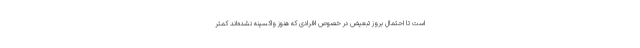
است تا احتمال بروز تبعیض در خصوص افرادی که هنوز واکسینه نشده‌اند کمتر